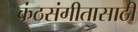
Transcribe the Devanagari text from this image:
कंठसंगीतासाठी